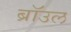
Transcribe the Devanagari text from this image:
ब्राॅउल